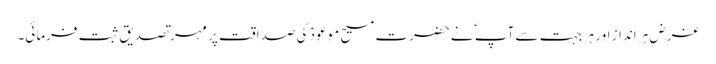
غرض ہر انداز اور ہر جہت سے آپ ؐ نےحضرت مسیح موعودؑ کی صداقت پر مہر تصدیق ثبت فرمائی۔